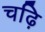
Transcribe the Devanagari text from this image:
चढ़ि